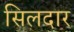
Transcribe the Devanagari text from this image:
सिलदार